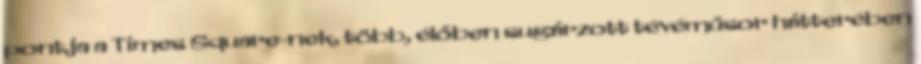
pontja a Times Square-nek, több, élőben sugárzott tévéműsor hátterében